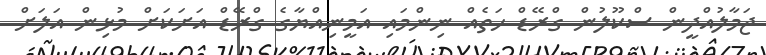
ޖަމާލުއްދީން ސްކޫލުން ގްރޭޑް ހަތެއް ނިންމައި އަމީނިއްޔާގެ ގްރޭޑް އަށަކަށް މުޅިން އަލަށް